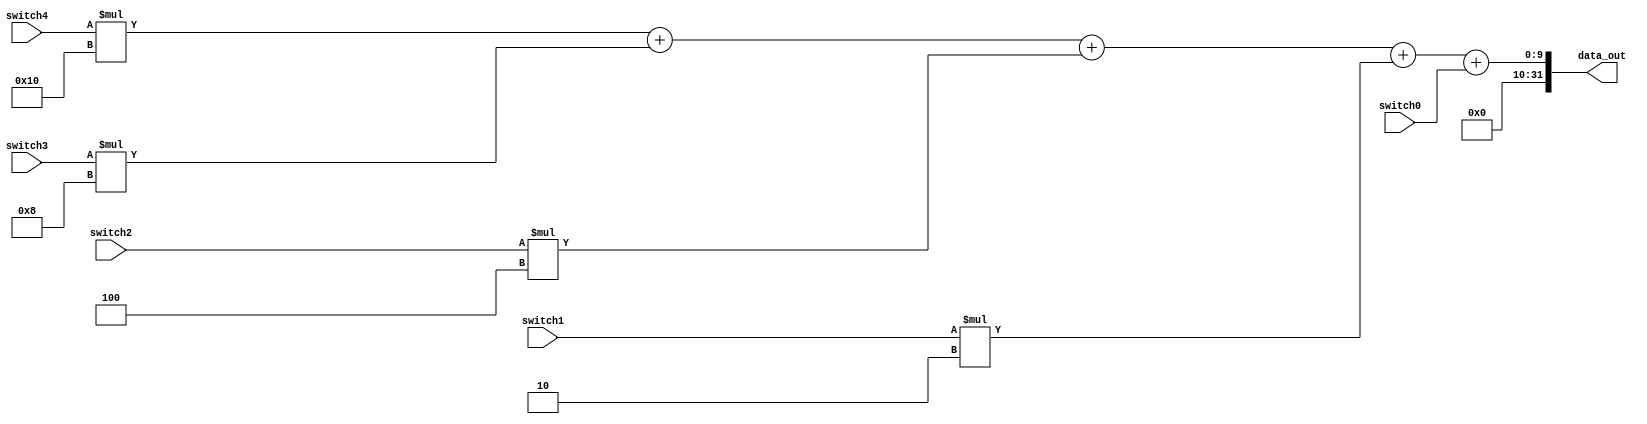
module in_port( switch4, switch3, switch2, switch1, switch0, data_out);
  input switch4, switch3, switch2, switch1, switch0;
  output reg [31:0]  data_out;
  
  always @(switch4 or switch3 or switch2 or switch1 or switch0)
  begin
	data_out = switch4*16 + switch3*8 + switch2*4 +switch1*2 + switch0;
	end 
endmodule